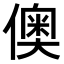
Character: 𬿪